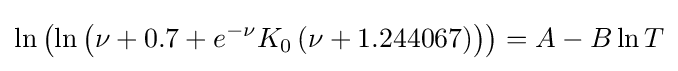
\ln \left({\ln \left({\nu +0.7+e^{-\nu }K_{0}\left({\nu +1.244067}\right)}\right)}\right)=A-B\ln T